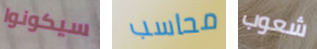
سيكونوا محاسب شعوب